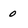
Character: 0